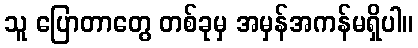
သူ ပြောတာတွေ တစ်ခုမှ အမှန်အကန်မရှိပါ။